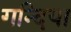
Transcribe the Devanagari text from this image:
गन्दिया